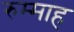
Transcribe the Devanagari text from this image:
रुम्माह